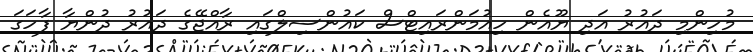
މުހިންމި ދައުރު އަދި ޔޫއެން ހިއުމަންރައިޓްސް ކައުންސިލްގައި ރާއްޖޭގެ ދައުރު ދުންޔާ ފާހަގަ